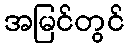
အမြင်တွင်